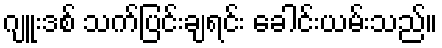
ဂျူးဒစ် သက်ပြင်းချရင်း ခေါင်းယမ်းသည်။